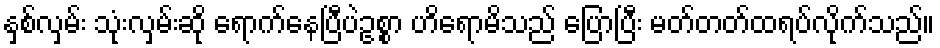
နှစ်လှမ်း သုံးလှမ်းဆို ရောက်နေပြီပဲဥစ္စာ ဟိရောမိသည် ပြောပြီး မတ်တတ်ထရပ်လိုက်သည်။